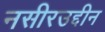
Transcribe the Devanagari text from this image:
नसीरउद्दीन